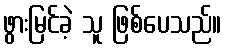
ဖွားမြင်ခဲ့ သူ ဖြစ်ပေသည်။